Document type: Dowry acquittance
Year: 1240
Scribe: Pere de Bages
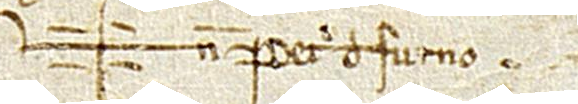
Sig+num Petri de Furno.